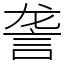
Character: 詟